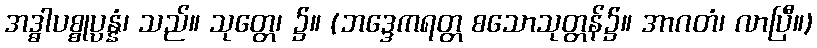
အဒ္ဓါပစ္စုပ္ပန္နံ၊ သည်။ သုတ္တေ၊ ၌။ (ဘဒ္ဒေကရတ္တ စသောသုတ္တန်၌။ အာဂတံ၊ လာပြီ။)